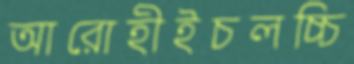
আরোহীইচলচ্চি